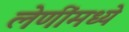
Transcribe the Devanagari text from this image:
लेणींमध्ये